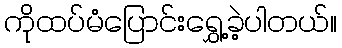
ကိုထပ်မံပြောင်းရွှေ့ခဲ့ပါတယ်။